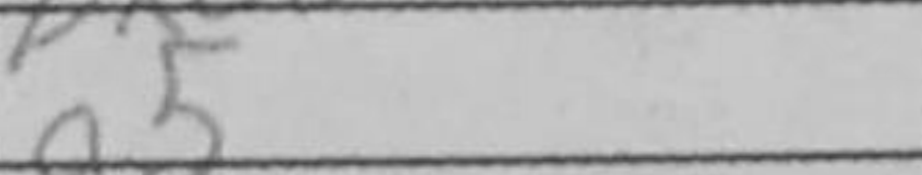
Transcription: a5